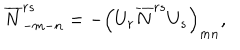
LaTeX: \overline { { { N } } } _ { - m - n } ^ { r s } = - \left( U _ { r } \overline { { { N } } } ^ { r s } U _ { s } \right) _ { m n } ,